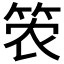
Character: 𮅎